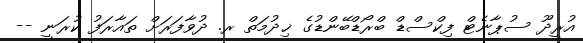
އުރީދޫ ސުޕާނެޓް ފިކްސްޑް ބްރޯޑްބޭންޑުގެ ޚިދުމަތް ރ. ދުވާފަރަށް ތައާރަފު ކުުރަނީ --